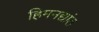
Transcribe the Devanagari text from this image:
हिमनद्यांत